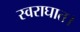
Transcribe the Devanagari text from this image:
स्वराघात।